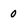
Character: 0